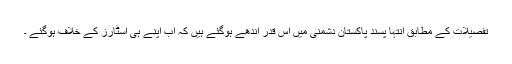
تفصیلات کے مطابق انتہا پسند پاکستان دشمنی میں اس قدر اندھے ہوگئے ہیں کہ اب اپنے ہی اسٹارز کے خلاف ہوگئے ۔